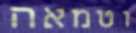
וטמאה